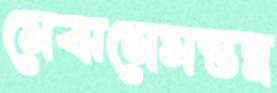
মেঝনেমন্তন্ন